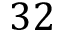
3 2